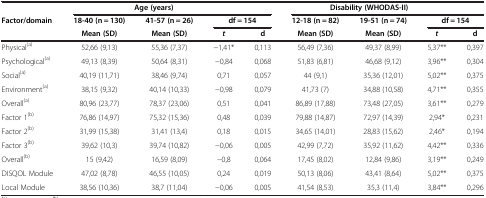
<table><thead><tr><td rowspan="3"><b>Factor/domain</b></td><td colspan="3"><b>Age (years)</b></td><td><b> </b></td><td colspan="3"><b>Disability (WHODAS-II)</b></td><td><b> </b></td></tr><tr><td><b>18-40 (n = 130)</b></td><td><b>41-57 (n = 26)</b></td><td colspan="2"><b>df = 154</b></td><td><b>12-18 (n = 82)</b></td><td><b>19-51 (n = 74)</b></td><td colspan="2"><b>df = 154</b></td></tr><tr><td><b>Mean (SD)</b></td><td><b>Mean (SD)</b></td><td><b><i>t</i></b></td><td><b>d</b></td><td><b>Mean (SD)</b></td><td><b>Mean (SD)</b></td><td><b><i>t</i></b></td><td><b>d</b></td></tr></thead><tbody><tr><td>Physical<sup>(a)</sup></td><td>52,66 (9,13)</td><td>55,36 (7,37)</td><td>−1,41*</td><td>0,113</td><td>56,49 (7,36)</td><td>49,37 (8,99)</td><td>5,37**</td><td>0,397</td></tr><tr><td>Psychological<sup>(a)</sup></td><td>49,13 (8,39)</td><td>50,64 (8,31)</td><td>−0,84</td><td>0,068</td><td>51,83 (6,81)</td><td>46,68 (9,12)</td><td>3,96**</td><td>0,304</td></tr><tr><td>Social<sup>(a)</sup></td><td>40,19 (11,71)</td><td>38,46 (9,74)</td><td>0,71</td><td>0,057</td><td>44 (9,1)</td><td>35,36 (12,01)</td><td>5,02**</td><td>0,375</td></tr><tr><td>Environment<sup>(a)</sup></td><td>38,15 (9,32)</td><td>40,14 (10,33)</td><td>−0,98</td><td>0,079</td><td>41,73 (7)</td><td>34,88 (10,58)</td><td>4,71**</td><td>0,355</td></tr><tr><td>Overall<sup>(a)</sup></td><td>80,96 (23,77)</td><td>78,37 (23,06)</td><td>0,51</td><td>0,041</td><td>86,89 (17,88)</td><td>73,48 (27,05)</td><td>3,61**</td><td>0,279</td></tr><tr><td>Factor 1<sup>(b)</sup></td><td>76,86 (14,97)</td><td>75,32 (15,36)</td><td>0,48</td><td>0,039</td><td>79,88 (14,87)</td><td>72,97 (14,39)</td><td>2,94*</td><td>0,231</td></tr><tr><td>Factor 2<sup>(b)</sup></td><td>31,99 (15,38)</td><td>31,41 (13,4)</td><td>0,18</td><td>0,015</td><td>34,65 (14,01)</td><td>28,83 (15,62)</td><td>2,46*</td><td>0,194</td></tr><tr><td>Factor 3<sup>(b)</sup></td><td>39,62 (10,3)</td><td>39,74 (10,82)</td><td>−0,06</td><td>0,005</td><td>42,99 (7,72)</td><td>35,92 (11,62)</td><td>4,42**</td><td>0,336</td></tr><tr><td>Overall<sup>(b)</sup></td><td>15 (9,42)</td><td>16,59 (8,09)</td><td>−0,8</td><td>0,064</td><td>17,45 (8,02)</td><td>12,84 (9,86)</td><td>3,19**</td><td>0,249</td></tr><tr><td>DISQOL Module</td><td>47,02 (8,78)</td><td>46,55 (10,05)</td><td>0,24</td><td>0,019</td><td>50,13 (8,06)</td><td>43,41 (8,64)</td><td>5,02**</td><td>0,375</td></tr><tr><td>Local Module</td><td>38,56 (10,36)</td><td>38,7 (11,04)</td><td>−0,06</td><td>0,005</td><td>41,54 (8,53)</td><td>35,3 (11,4)</td><td>3,84**</td><td>0,296</td></tr></tbody></table>